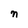
Character: n